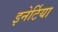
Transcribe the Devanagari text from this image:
इनेर्टिया